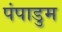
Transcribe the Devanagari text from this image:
पंपाडुम